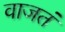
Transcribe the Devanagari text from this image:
वाजतं